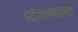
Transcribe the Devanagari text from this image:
धोतरवाला